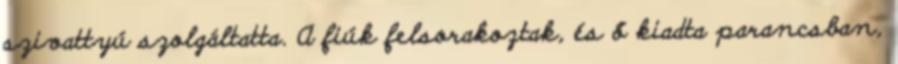
szivattyú szolgáltatta. A fiúk felsorakoztak, és ő kiadta parancsban,